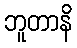
ဘူတာနိ